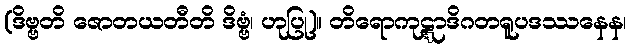
(ဒိဗ္ဗတိ ဇောတယတီတိ ဒိဗ္ဗံ၊ ဟုပြု)။ တိရောကုဋ္ဋာဒိဂတရူပဒဿနေန၊